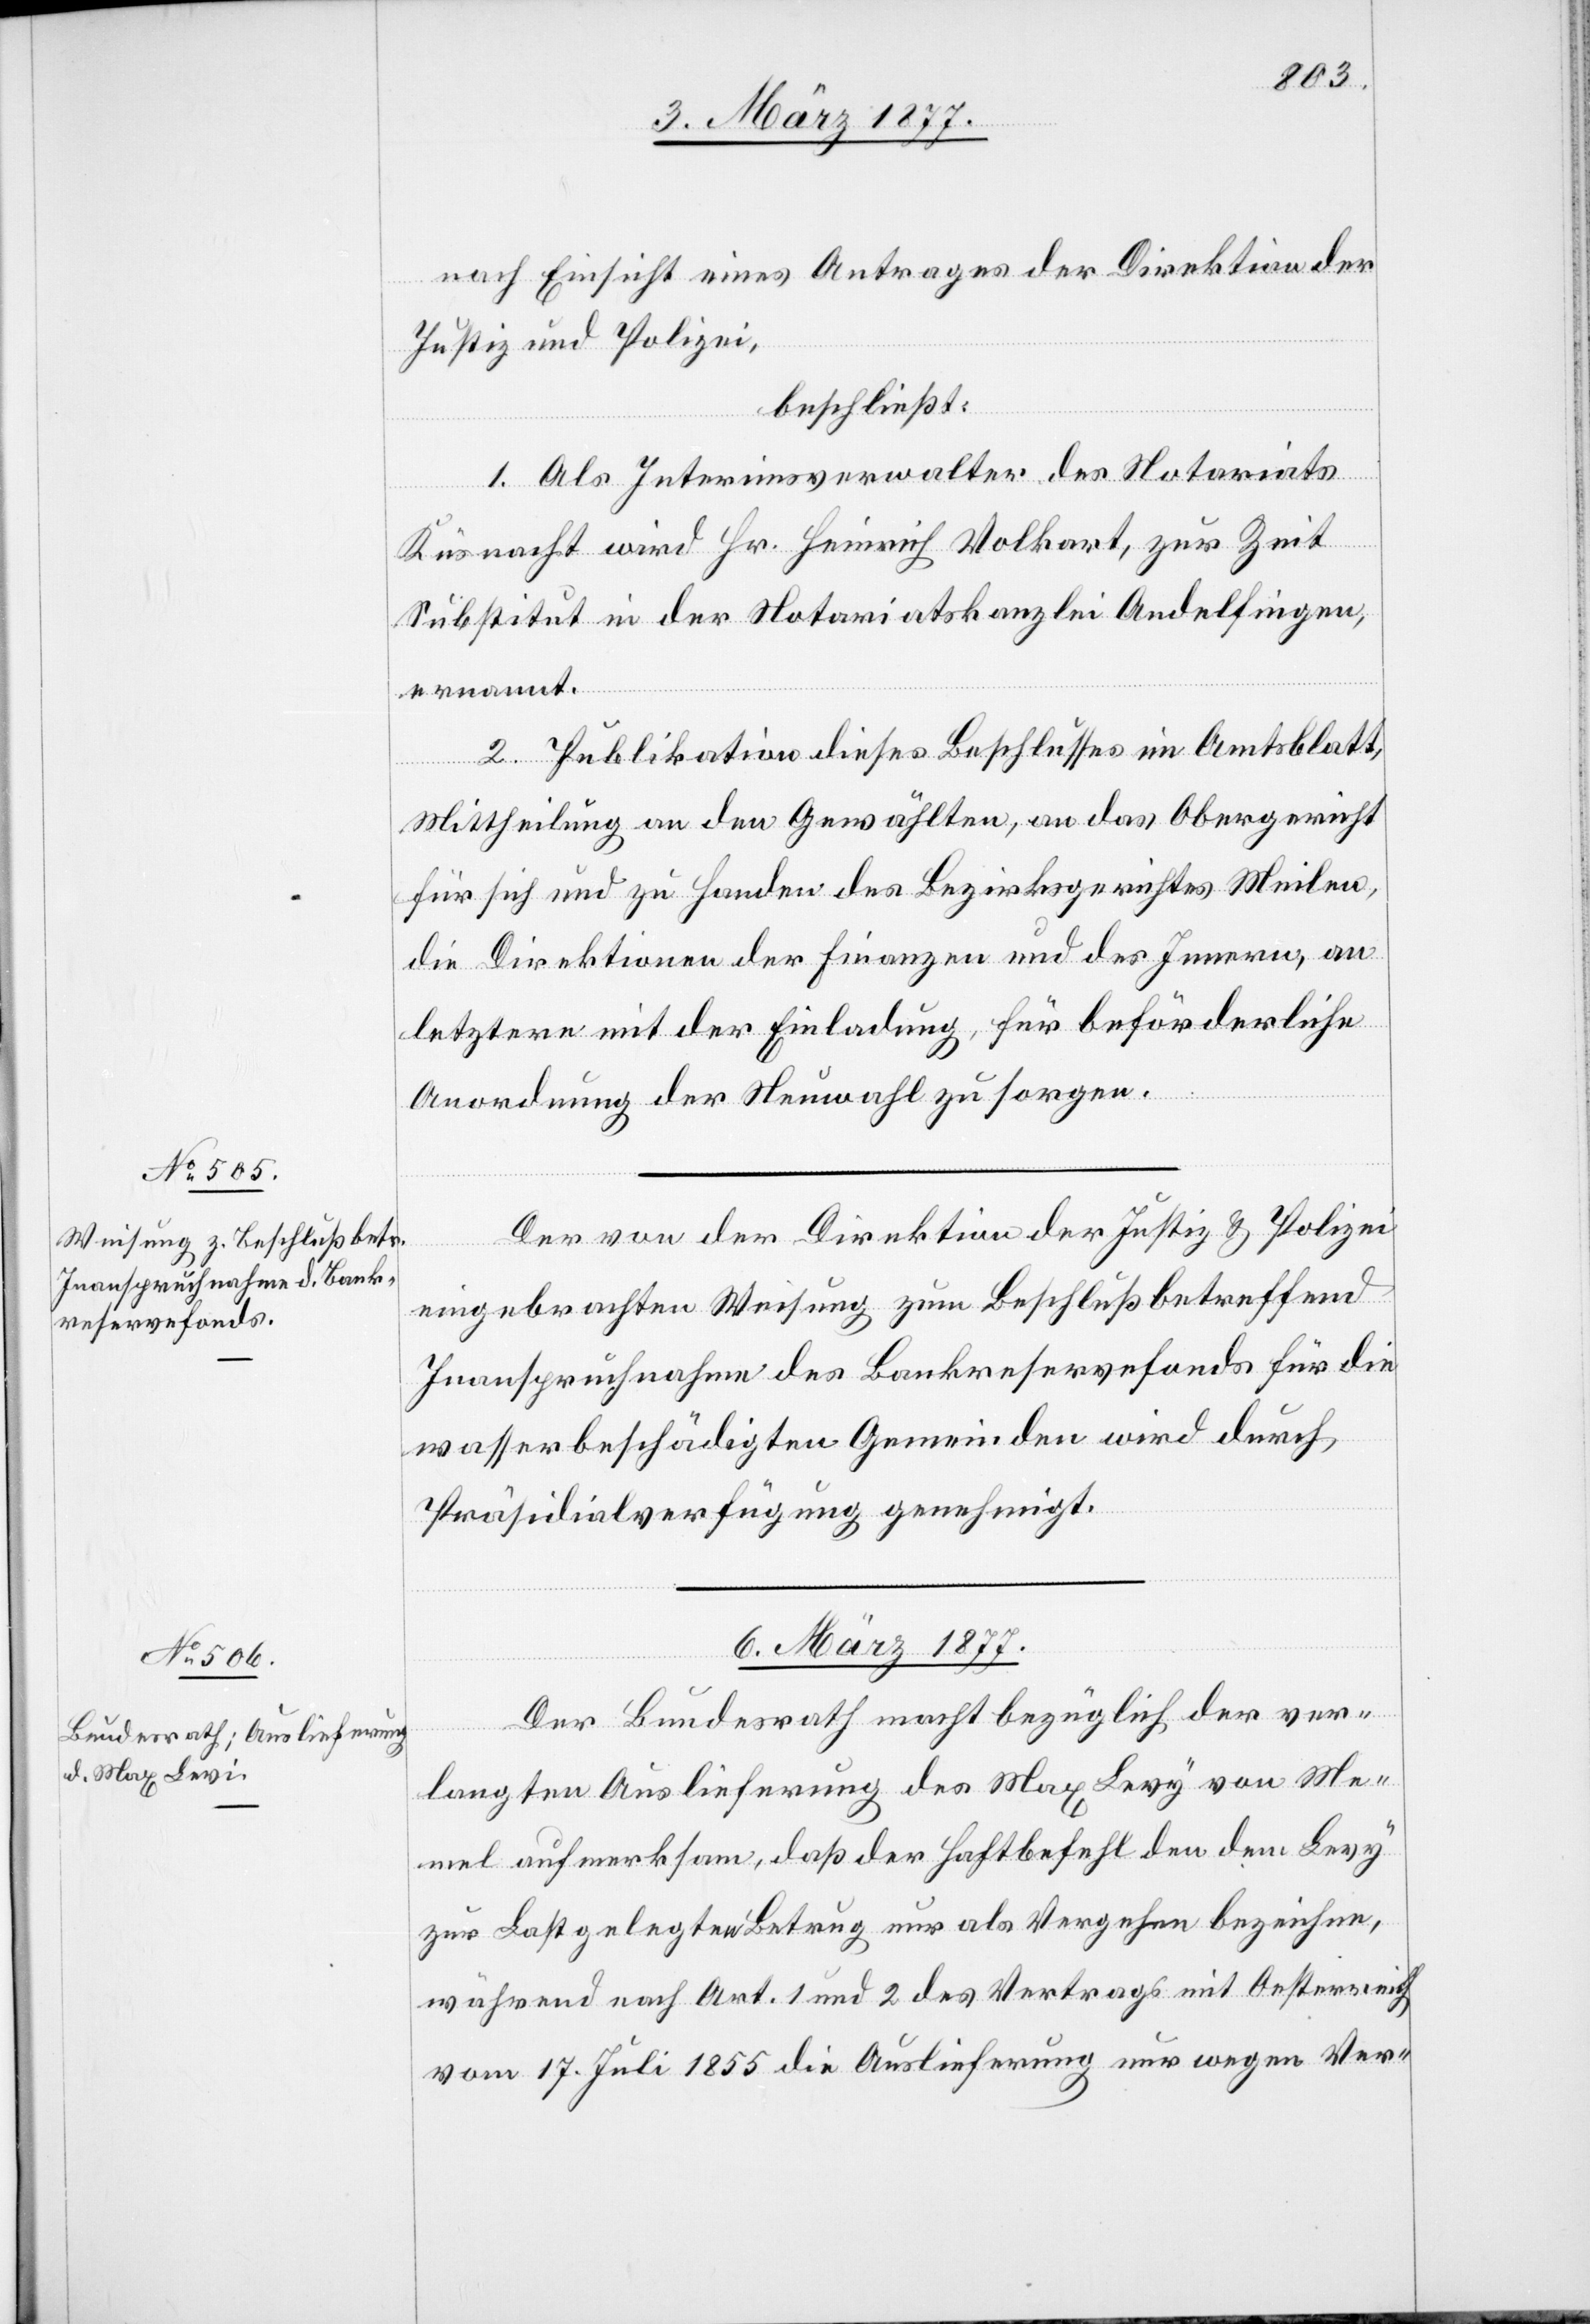
5. März 1877.]
nach Einsicht eines Antrages der Direktion der
Justiz und Polizei,
beschließt:
1. Als Interimsverwalter des Notariats
Küsnacht wird Hr. Heinrich Volkart, zur Zeit
Substitut in der Notariatskanzlei Andelfingen,
ernannt.
2. Publikation dieses Beschlusses im Amtsblatt,
Mittheilung an den Gewählten, an das Obergericht
für sich und zu Handen des Bezirksgerichtes Meilen,
die Direktionen der Finanzen und des Innern, an
letztere mit der Einladung, für beförderliche
Anordnung der Neuwahlen zu sorgen.
Der von der Direktion der Justiz & Polizei
eingebrachten Weisung zum Beschluß betreffend
Inanspruchnahme des Bankreservefonds für die
wasserbeschädigten Gemeinden wird durch
Präsidialverfügung genehmigt.
6. März 1877.
Der Bundesrath macht bezüglich der ver¬
langten Auslieferung des Max Levy von Me¬
mel aufmerksam, daß der Haftbefehl den dem Levy
zur Last gelegten Betrug nur als Vergehen bezeichne,
während nach Art. 1 und 2 des Vertrags mit Oesterreich
vom 17. Juli 1855 die Auslieferung nur wegen Ver-